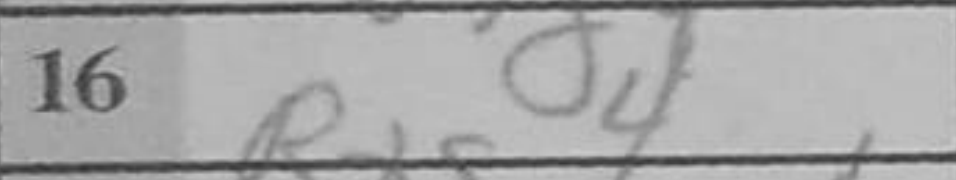
Transcription: Rxg4